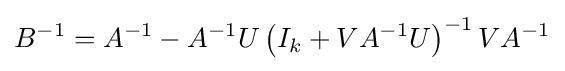
B^{-1}=A^{-1}-A^{-1}U\left(I_{k}+VA^{-1}U\right)^{-1}VA^{-1}